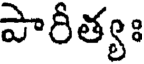
పారీత్యః